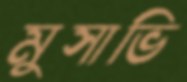
মুসাভি